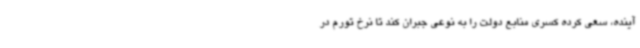
آینده، سعی کرده کسری منابع دولت را به نوعی جبران کند تا نرخ تورم در